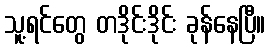
သူ့ရင်တွေ တဒိုင်းဒိုင်း ခုန်နေပြီ။